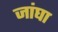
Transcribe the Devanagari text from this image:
जांघा